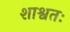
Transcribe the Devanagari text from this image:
शाश्वतः